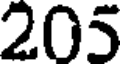
205